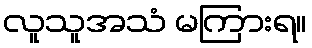
လူသူအသံ မကြားရ။